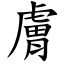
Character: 膚